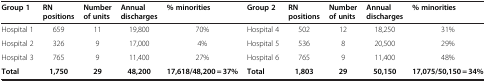
| Group 1 | RN positions | Number of units | Annual discharges | % minorities | Group 2 | RN positions | Number of units | Annual discharges | % minorities |
 | --- | --- | --- | --- | --- | --- | --- | --- | --- | --- |
 | Hospital 1 | 659 | 11 | 19,800 | 70% | Hospital 4 | 502 | 12 | 18,250 | 31% |
 | Hospital 2 | 326 | 9 | 17,000 | 4% | Hospital 5 | 536 | 8 | 20,500 | 29% |
 | Hospital 3 | 765 | 9 | 11,400 | 27% | Hospital 6 | 765 | 9 | 11,400 | 48% |
 | Total | 1,750 | 29 | 48,200 | 17,618/48,200 = 37% | Total | 1,803 | 29 | 50,150 | 17,075/50,150 = 34% |